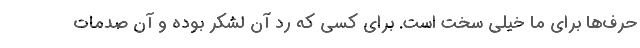
حرف‌ها برای ما خیلی سخت است. برای کسی که رد آن لشکر بوده و آن صدمات